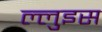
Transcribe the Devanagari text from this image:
ल्लुइस